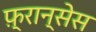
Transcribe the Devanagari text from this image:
फ़्रान्सेस